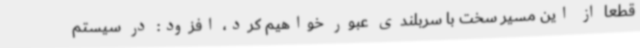
قطعا از این مسیر سخت با سربلندی عبور خواهیم کرد، افزود: در سیستم